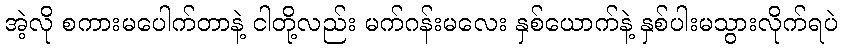
အဲ့လို စကားမပေါက်တာနဲ့ ငါတို့လည်း မက်ဂန်းမလေး နှစ်ယောက်နဲ့ နှစ်ပါးမသွားလိုက်ရပဲ